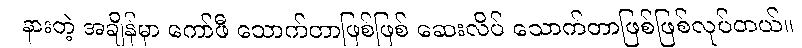
နားတဲ့ အချိန်မှာ ကော်ဖီ သောက်တာဖြစ်ဖြစ် ဆေးလိပ် သောက်တာဖြစ်ဖြစ်လုပ်တယ်။